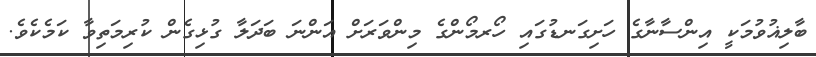
ބާލިޣުވުމަކީ އިންސާނާގެ ހަށިގަނޑުގައި ހޯރމޯންގެ މިންވަރަށް އަންނަ ބަދަލާ ގުޅިގެން ކުރިމަތިވާ ކަމެކެވެ.